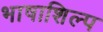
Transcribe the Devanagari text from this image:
भाषाशिल्प